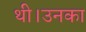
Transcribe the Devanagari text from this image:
थी।उनका